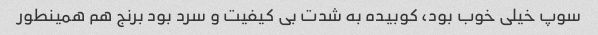
سوپ خیلی خوب بود، کوبیده به شدت بی کیفیت و سرد بود برنج هم همینطور